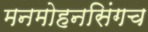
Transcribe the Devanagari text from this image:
मनमोहनसिंगच